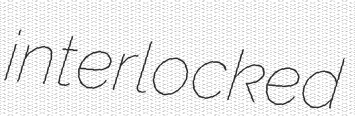
interlocked